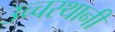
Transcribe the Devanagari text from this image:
उच्चस्थानी